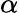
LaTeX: \displaystyle\alpha